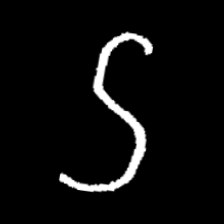
Pyu character \u2014 Myanmar letter: ဌ (romanized: ttha)